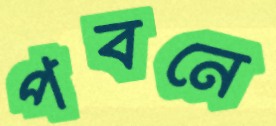
পবনে